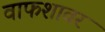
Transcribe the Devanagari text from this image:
वाफशावर